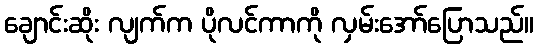
ချောင်းဆိုး လျက်က ပိုလင်ကာကို လှမ်းအော်ပြောသည်။